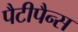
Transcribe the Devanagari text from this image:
पैटीपैन्स